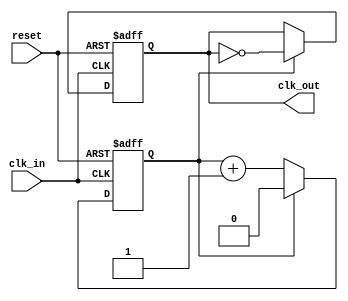
module clock_divider #(
    parameter DIV_FACTOR = 2  // Division factor must be > 0
) (
    input wire clk_in,
    input wire reset,
    output reg clk_out
);

    // Ensure that DIV_FACTOR is greater than zero
    initial begin
        if (DIV_FACTOR <= 0) begin
            $fatal("DIV_FACTOR must be a positive integer.");
        end
    end

    reg [$clog2(DIV_FACTOR)-1:0] counter;  // Counter size based on DIV_FACTOR

    // Behavioral clock divider process
    always @(posedge clk_in or posedge reset) begin
        if (reset) begin
            counter <= 0;       // Reset the counter
            clk_out <= 0;      // Reset the output clock
        end else begin
            if (counter == DIV_FACTOR-1) begin
                clk_out <= ~clk_out; // Toggle the output clock
                counter <= 0;         // Reset the counter
            end else begin
                counter <= counter + 1; // Increment counter
            end
        end
    end

endmodule